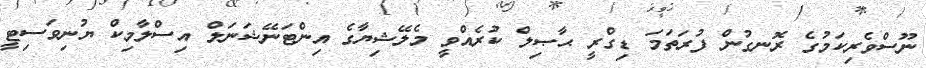
ނޫސްވެރިކަމުގެ ރޮނގުން ފުރަތަމަ ޑިގްރީ ޙާޞިލް ކުރެއްވީ މެލޭޝިޔާގެ އިންޓަނޭޝަނަލް އިސްލާމިކް ޔުނިވަސިޓީ